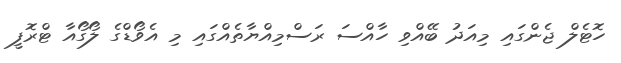
ހޮޓެލް ޖެންގައި މިއަދު ބޭއްވި ހާއްސަ ރަސްމިއްޔާތެއްގައި މި އެވޯޑްގެ ލޯގޯއާ ޓްރޮފީ